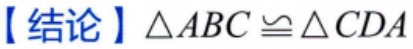
【结论】$\triangle ABC\cong\triangle CDA$